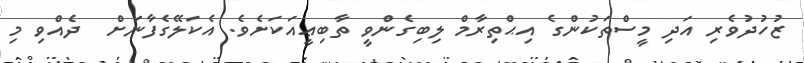
ޒުހުދުވެރި އަދި މީސްތަކުންގެ އިޙްތިރާމް ލިބިގެންވީ ތާބިޢީއަކަށެވެ. އެކަލޭގެފާނަށް  ދެއްވި މި